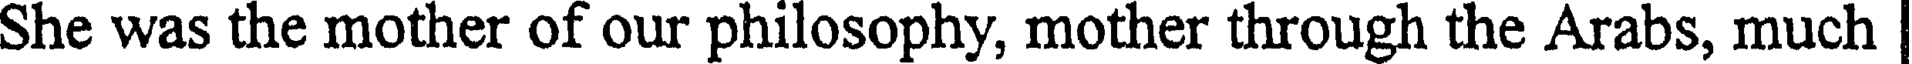
She was the mother of our philosophy, mother through the Arabs, much